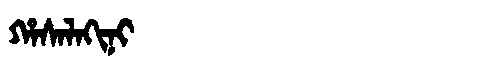
Manchu: ᡥᠠᠰᠠᠯᠠᡴᡳᠨᡳ
Romanization: HASALAKINI